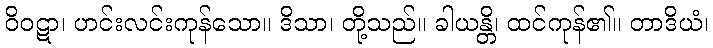
ဝိဝဋာ၊ ဟင်းလင်းကုန်သော။ ဒိသာ၊ တို့သည်။ ခါယန္တိ၊ ထင်ကုန်၏။ တာဒိယံ၊